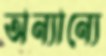
অন্যান্যে